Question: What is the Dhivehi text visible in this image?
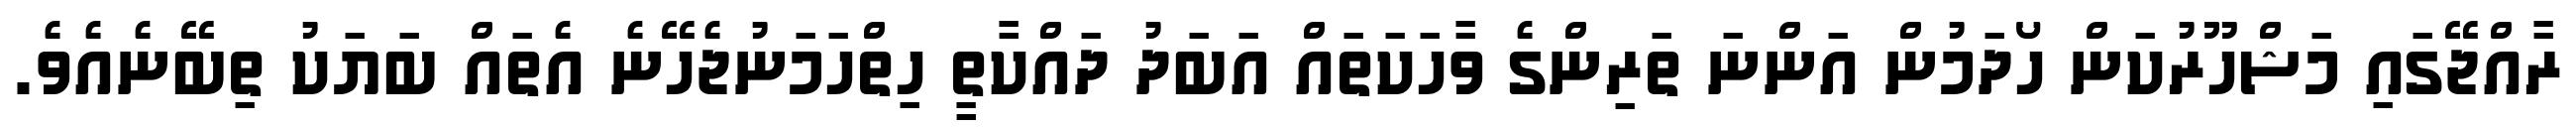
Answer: ރާއްޖޭގައި މަޝްހޫރުކަން ހޯދަމުން އަންނަ ތަރިންގެ ވާހަކަތައް އަބަދު ދައްކާތީ ހިތްހަމަނުޖެހޭނެ އެތައް ބަޔަކު ތިބޭނެއެވެ.